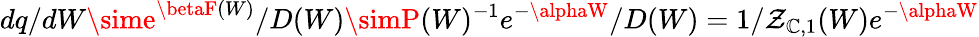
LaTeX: dq/dW\sime^{\betaF(W)}/D(W)\simP(W)^{-1}e^{-\alphaW}/D(W)=1/\mathcal{Z}_{\mathbb{C},1}(W)e^{-\alphaW}